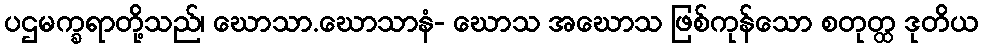
ပဌမက္ခရာတို့သည်၊ ဃောသာ.ဃောသာနံ- ဃောသ အဃောသ ဖြစ်ကုန်သော စတုတ္ထ ဒုတိယ